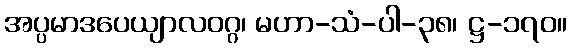
အပ္ပမာဒပေယျာလဝဂ္ဂ၊ မဟာ-သံ-ပါ-၃၈၊ ဋ္ဌ-၁၇၀။